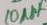
Text: 10µF